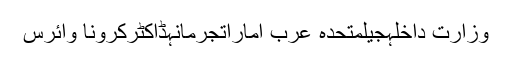
وزارت داخلہجیلمتحدہ عرب اماراتجرمانہڈاکٹرکرونا وائرس